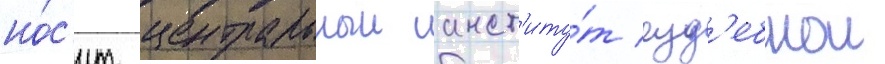
но́с'ит центральныи инст'иту́т суд'ебнои